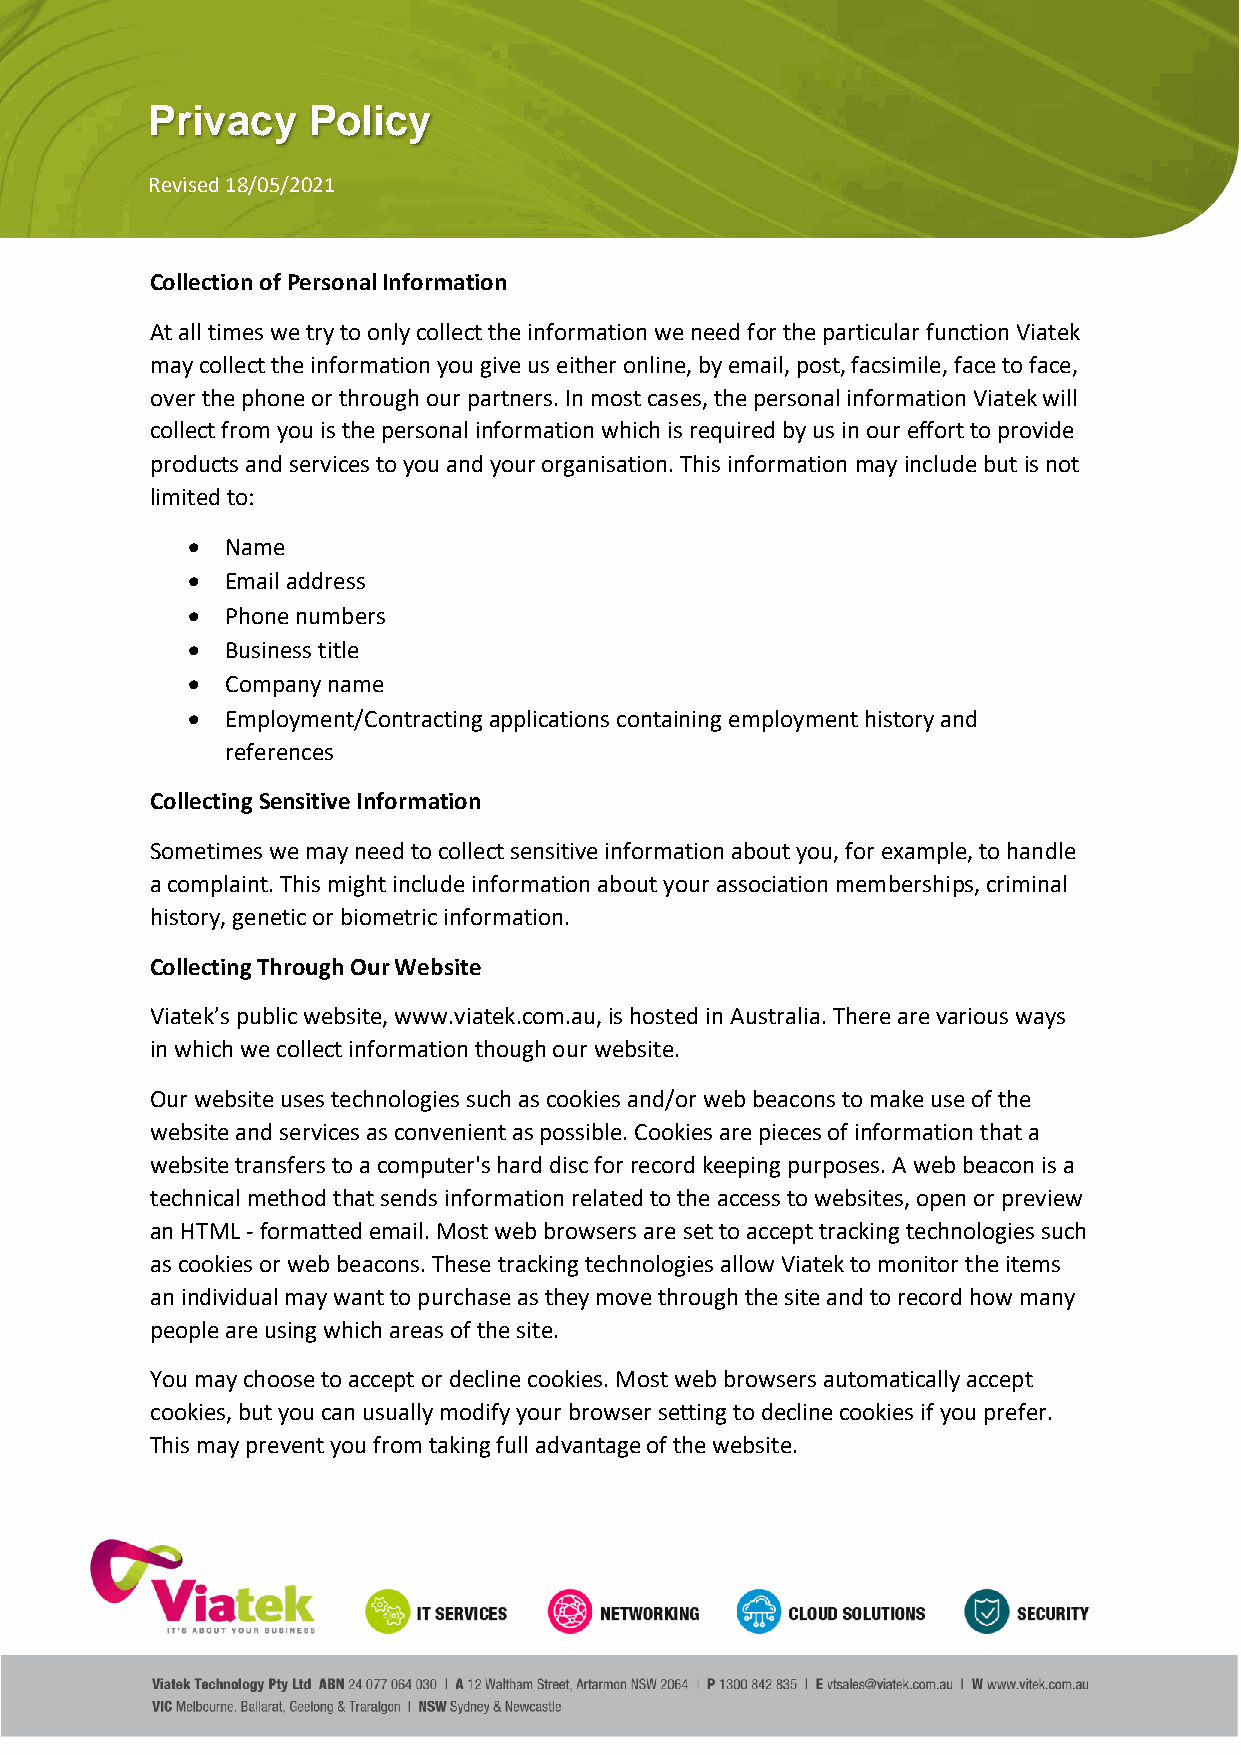
Privacy   Policy
 Revised 18/05/2021
 Collection of Personal Information
 At all times we try to only collect the information we need for the particular function Viatek
 may collect the information you give us either online, by email, post, facsimile, face to face,
 over the phone or through our partners. In most cases, the personal information Viatek will
 collect from you is the personal information which is required by us in our effort to provide
 products and services to you and your organisation. This information may include but is not
 limited to:
 •  Name
 •  Email address
 •  Phone numbers
 •  Business title
 •  Company name
 •  Employment/Contracting applications containing employment history and
 references
 Collecting Sensitive Information
 Sometimes we may need to collect sensitive information about you, for example, to handle
 a complaint. This might include information about your association memberships, criminal
 history, genetic or biometric information.
 Collecting Through Our Website
 Viatek’s public website, www.viatek.com.au, is hosted in Australia. There are various ways
 in which we collect information though our website.
 Our website uses technologies such as cookies and/or web beacons to make use of the
 website and services as convenient as possible. Cookies are pieces of information that a
 website transfers to a computer's hard disc for record keeping purposes. A web beacon is a
 technical method that sends information related to the access to websites, open or preview
 an HTML - formatted email. Most web browsers are set to accept tracking technologies such
 as cookies or web beacons. These tracking technologies allow Viatek to monitor the items
 an individual may want to purchase as they move through the site and to record how many
 people are using which areas of the site.
 You may choose to accept or decline cookies. Most web browsers automatically accept
 cookies, but you can usually modify your browser setting to decline cookies if you prefer.
 This may prevent you from taking full advantage of the website.